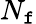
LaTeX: N_{\mathtt{f}}